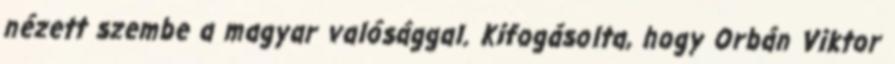
nézett szembe a magyar valósággal. Kifogásolta, hogy Orbán Viktor